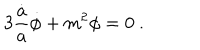
LaTeX: 3 { \frac { \dot { a } } { a } } \dot { \phi } + m ^ { 2 } \phi = 0 \ .